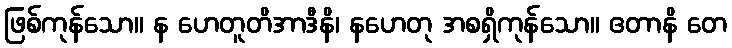
ဖြစ်ကုန်သော။ န ဟေတူတိအာဒီနိ၊ နဟေတု အစရှိကုန်သော။ ဧတာနိ တေ